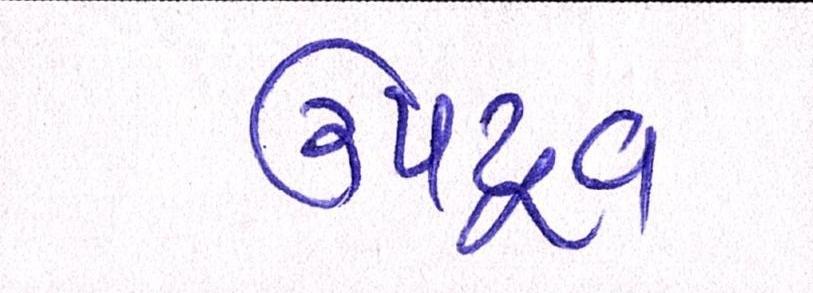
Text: ઉપદ્રવ